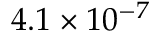
4 . 1 \times 1 0 ^ { - 7 }